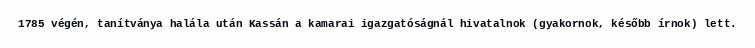
1785 végén, tanítványa halála után Kassán a kamarai igazgatóságnál hivatalnok (gyakornok, később írnok) lett.